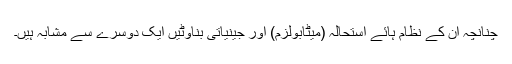
چنانچہ ان کے نظام ہائے استحالہ (میٹابولزم) اور جینیاتی بناوٹیں ایک دوسرے سے مشابہ ہیں۔